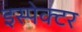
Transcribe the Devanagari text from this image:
इस्पेक्टर